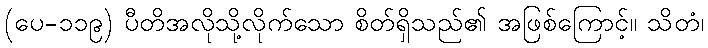
(ပေ-၁၁၉) ပီတိအလိုသို့လိုက်သော စိတ်ရှိသည်၏ အဖြစ်ကြောင့်။ သိတံ၊